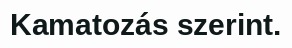
Kamatozás szerint.